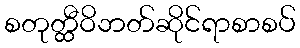
စတုတ္ထီဝိဘတ်ဆိုင်ရာစာစပ်